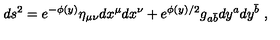
d s ^ { 2 } = e ^ { - \phi ( y ) } \eta _ { \mu \nu } d x ^ { \mu } d x ^ { \nu } + e ^ { \phi ( y ) / 2 } g _ { a { \bar { b } } } d y ^ { a } d y ^ { \bar { b } } \ ,